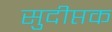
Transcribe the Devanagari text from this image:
सुदीप्तक